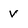
Character: V